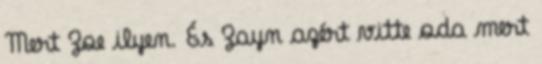
Mert Zoe ilyen. És Zayn azért vitte oda mert